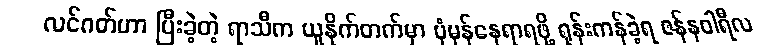
လင်ဂတ်ဟာ ပြီးခဲ့တဲ့ ရာသီက ယူနိုက်တက်မှာ ပုံမှန်နေရာရဖို့ ရုန်းကန်ခဲ့ရ ဇန်နဝါရီလ